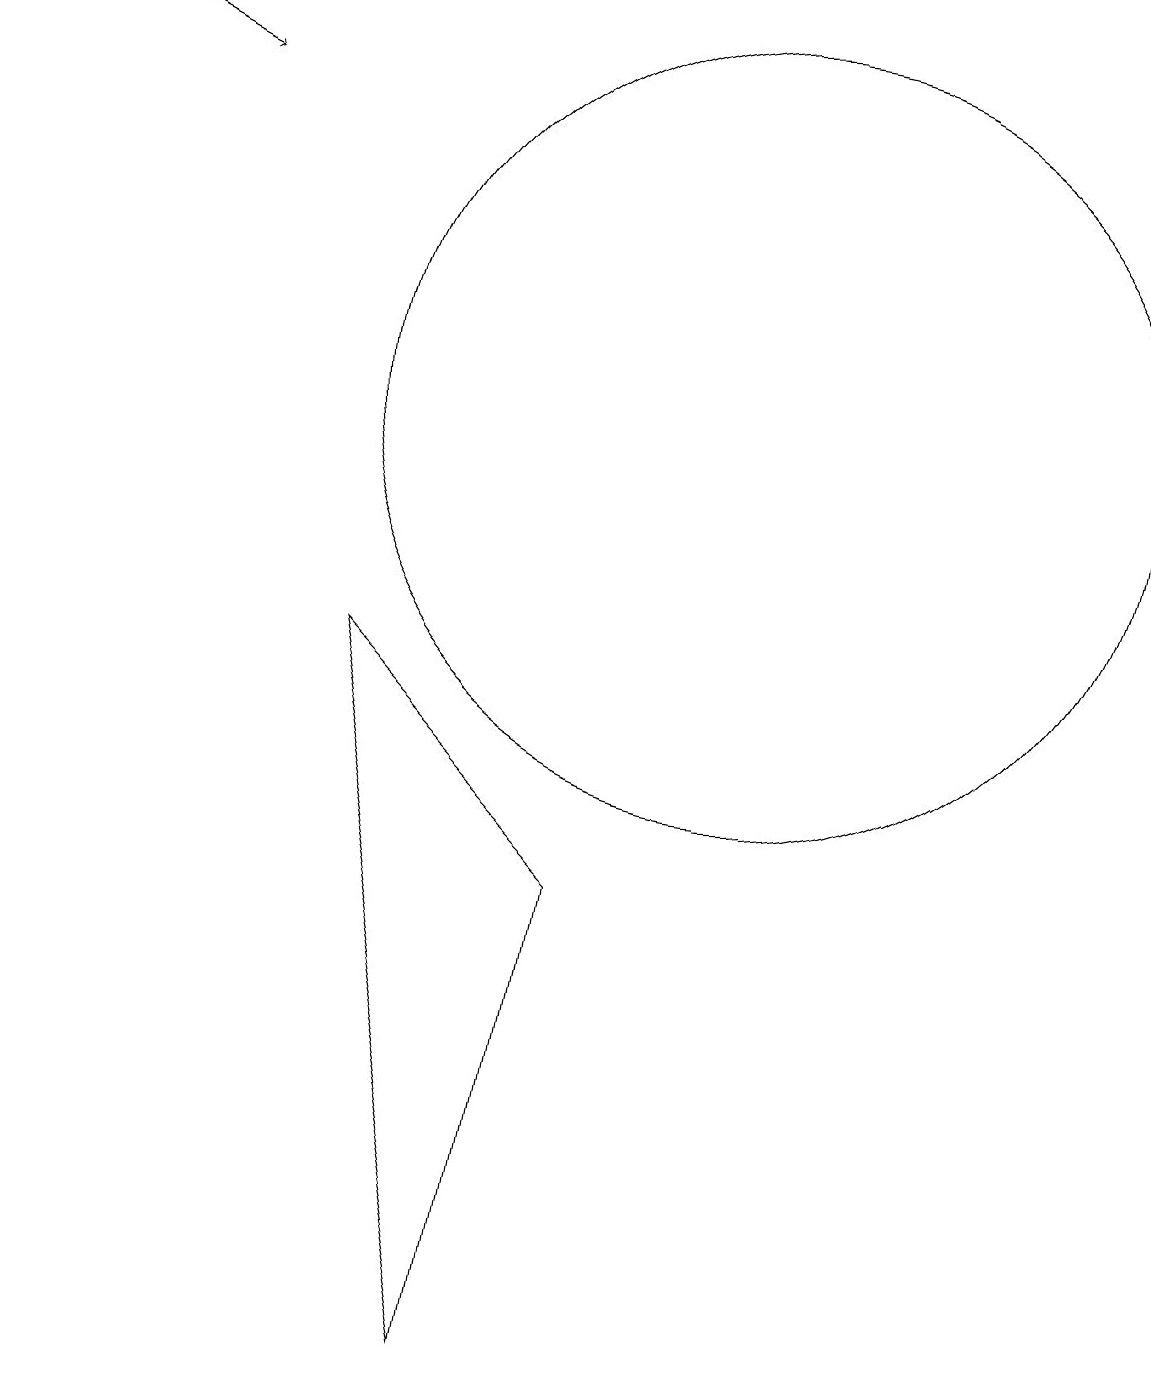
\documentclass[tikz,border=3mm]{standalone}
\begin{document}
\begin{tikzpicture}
\draw (10,12) circle (5);
\draw[->] (1,17) -- (3,16);
\draw (7,0) -- (5,9) -- (8,6) -- cycle;
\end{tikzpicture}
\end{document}